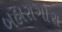
બહારાગોરા